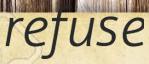
refuse